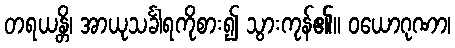
တရယန္တိ၊ အာယုသင်္ခါရကိုစား၍ သွားကုန်၏။ ဝယောဂုဏာ၊